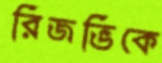
রিজভিকে